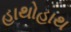
હાથોહાથ